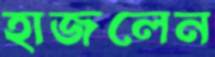
হাজলেন